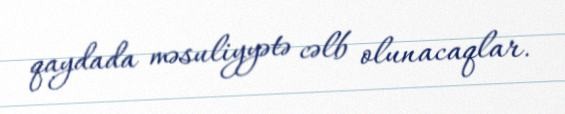
qaydada məsuliyyətə cəlb olunacaqlar.